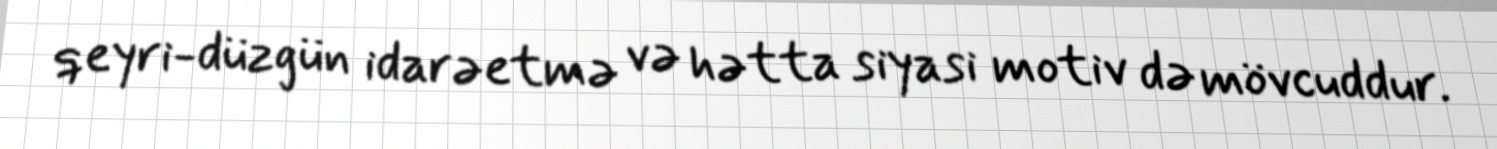
qeyri-düzgün idarəetmə və hətta siyasi motiv də mövcuddur.